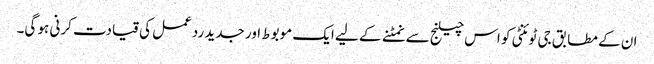
ان کے مطابق جی ٹوئنٹی کو اس چیلنج سے نمٹنے کے لیے ایک موبوط اور جدید ردعمل کی قیادت کرنی ہو گی۔